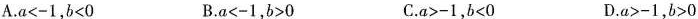
A.a<-1,b<0 B.a<-1,b>0 C.a>-1,b<0 D.a>-1,b>0